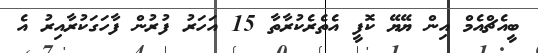
ބީއެޗްއެމް އިން ޔޭޔޭ ކޮފީ އެތެރެކުރާތާ 15 އަހަރު ފުރުން ފާހަގަކުރާއިރު އެ